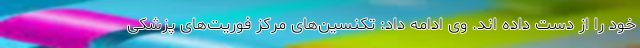
خود را از دست داده اند. وی ادامه داد: تکنسین‌های مرکز فوریت‌های پزشکی